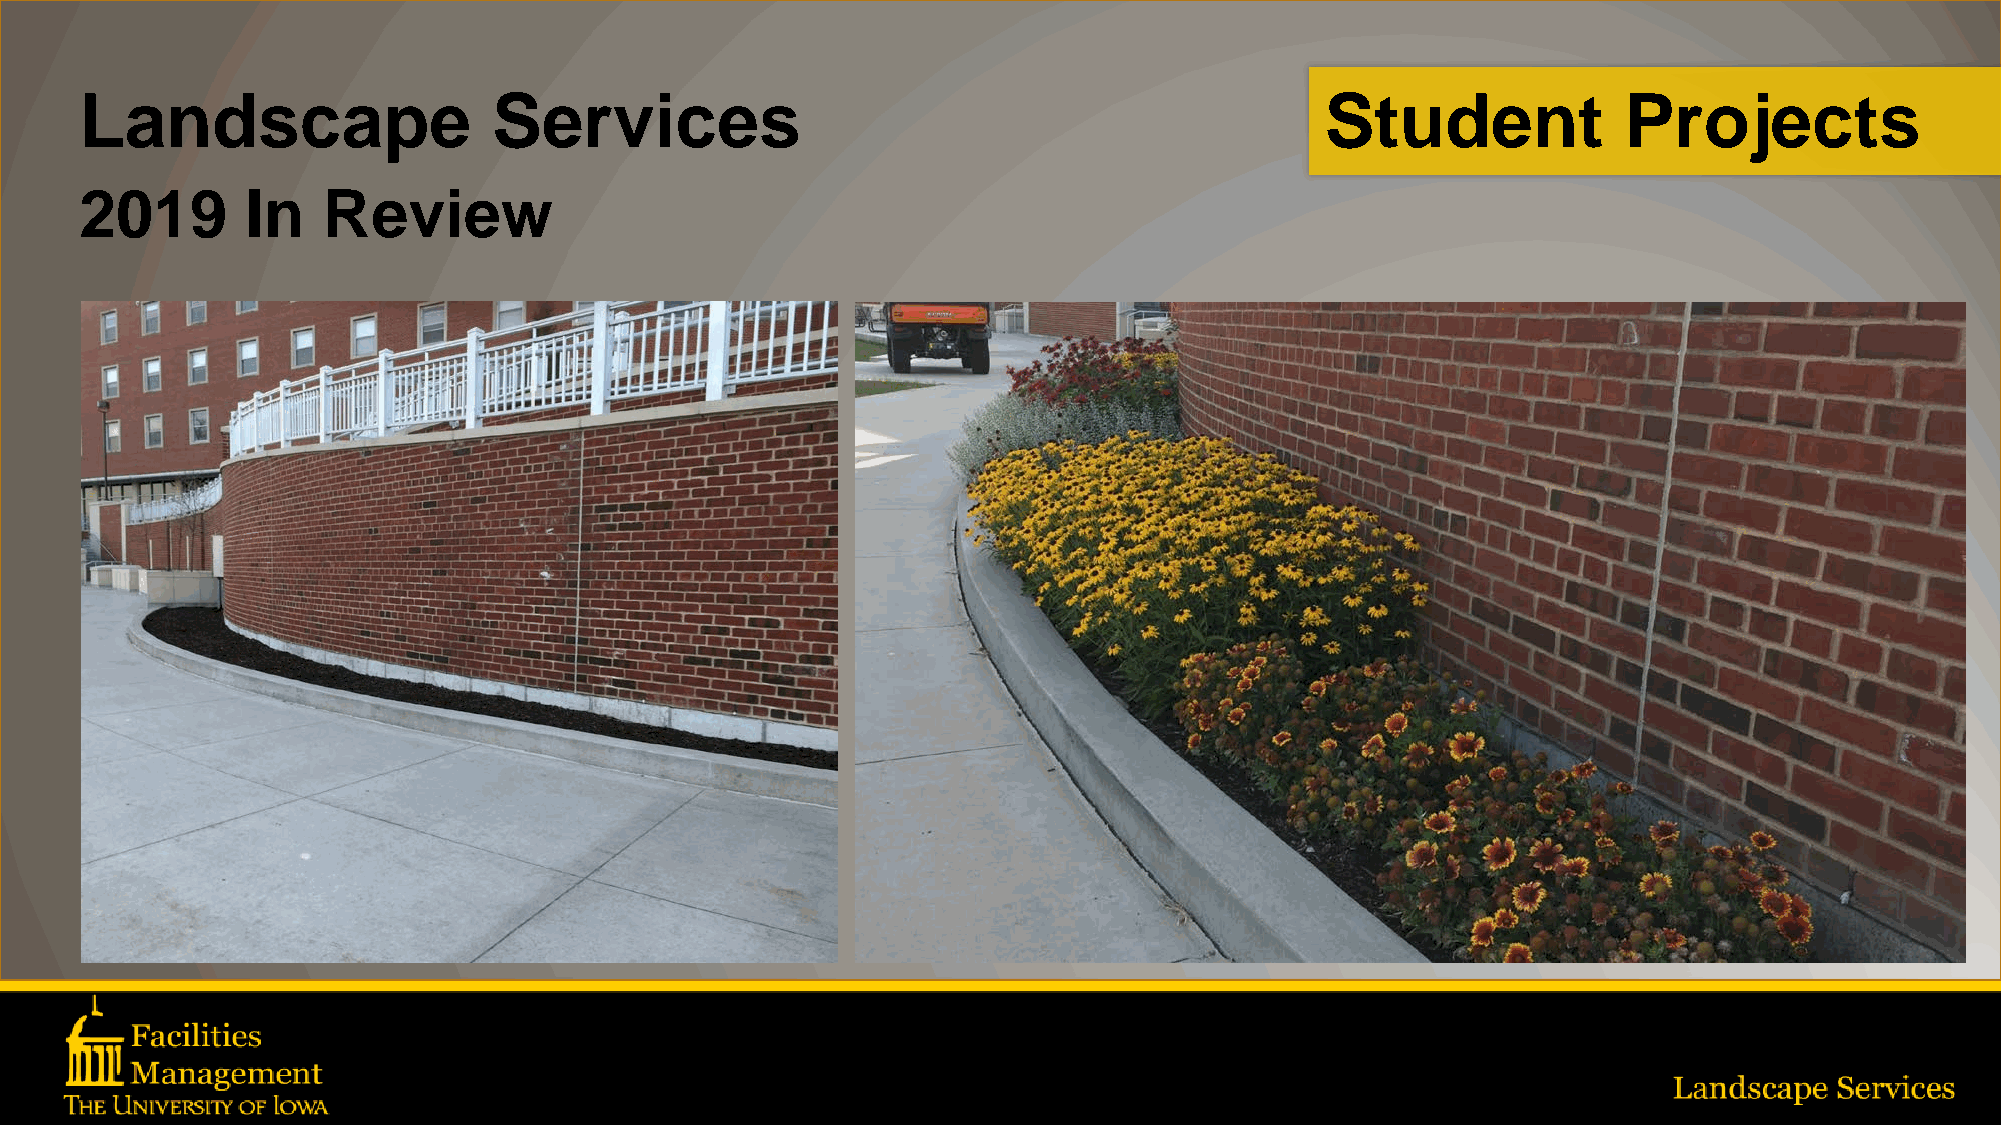
Landscape                   Services                                               Student             Projects
 2019       In   Review